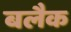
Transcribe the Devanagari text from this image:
बलैक